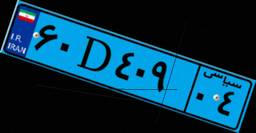
۹۱D۹۰۹۵۳